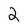
Character: 2